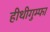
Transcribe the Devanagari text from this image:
हीथीगुम्फा